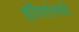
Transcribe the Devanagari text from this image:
हरिणांमध्ये